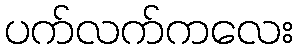
ပက်လက်ကလေး